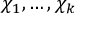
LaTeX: \chi _ { 1 } , \ldots , \chi _ { k }